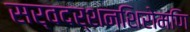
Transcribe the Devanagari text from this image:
सर्वदर्शनशिरोमणि